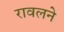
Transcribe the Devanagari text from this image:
रावलने